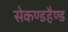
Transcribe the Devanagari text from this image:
सेकण्डहैण्ड